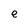
Character: e